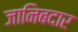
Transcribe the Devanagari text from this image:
जानिबदार